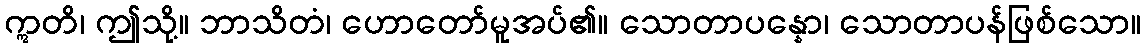
ဣတိ၊ ဤသို့။ ဘာသိတံ၊ ဟောတော်မူအပ်၏။ သောတာပန္နော၊ သောတာပန်ဖြစ်သော။